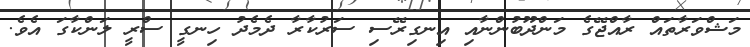
މަޝްވަރާތައް ރާއްޖޭގެ މަންދޫބުންނާއި އިނގިރޭސި ސަރުކާރާ ދެމެދު ހިނގީ ސްރީ ލަންކާގަ އެވެ.